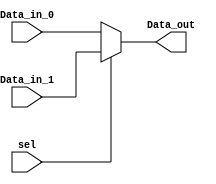
module mux32bit(
    Data_in_0,
    Data_in_1,
    sel,
    Data_out
    );
	 
    input [31:0] Data_in_0;
    input [31:0] Data_in_1;
    input sel;
    output reg[31:0] Data_out;

    always @(Data_in_0,Data_in_1,sel)
    begin
        case(sel)
		1'b1:
			begin
            			Data_out = Data_in_1;  
			end
		default
			begin
				 Data_out = Data_in_0;
			end
	endcase
  
    end

endmodule